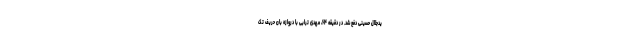
یدجلال حسینی دفع شد. در دقیقه ۶۴، مهدی ترابی با دروازه بان حریف تک